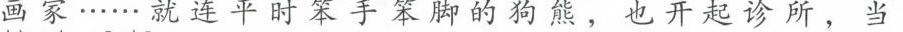
画家……就连平时苯手笨脚的狗熊，也开起诊所，当